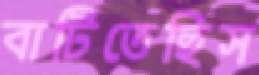
বাটিতেছিস